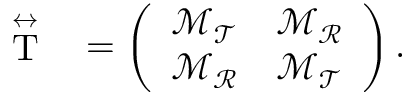
\begin{array} { r l } { \stackrel { \leftrightarrow } { \mathrm { T } } } & { { } = \left( \begin{array} { c c } { \mathcal { M } _ { \mathcal { T } } } & { \mathcal { M } _ { \mathcal { R } } } \\ { \mathcal { M } _ { \mathcal { R } } } & { \mathcal { M } _ { \mathcal { T } } } \end{array} \right) . } \end{array}